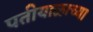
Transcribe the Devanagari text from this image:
पतीयाळाच्या